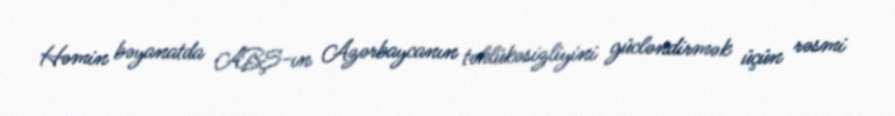
Həmin bəyanatda ABŞ-ın Azərbaycanın təhlükəsizliyini gücləndirmək üçün rəsmi